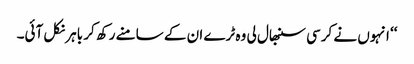
‘‘ انہوں نے کرسی سنبھال لی وہ ٹرے ان کے سامنے رکھ کر باہر نکل آئی۔